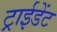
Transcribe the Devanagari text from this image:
ट्राईडेंट